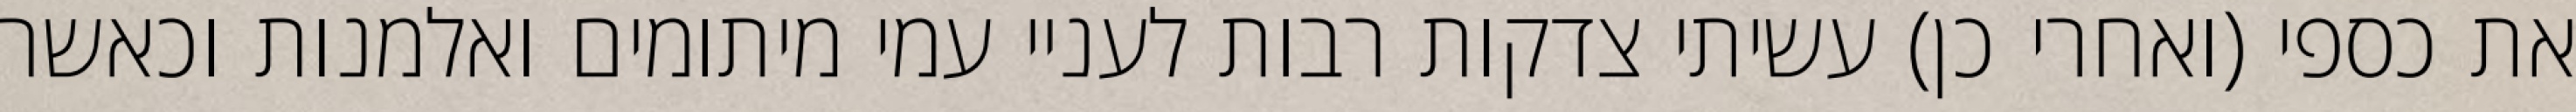
את כספי (ואחרי כן) עשיתי צדקות רבות לעניי עמי מיתומים ואלמנות וכאשר